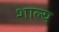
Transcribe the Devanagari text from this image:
शाल्य